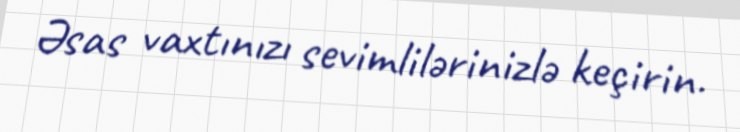
Əsas vaxtınızı sevimlilərinizlə keçirin.